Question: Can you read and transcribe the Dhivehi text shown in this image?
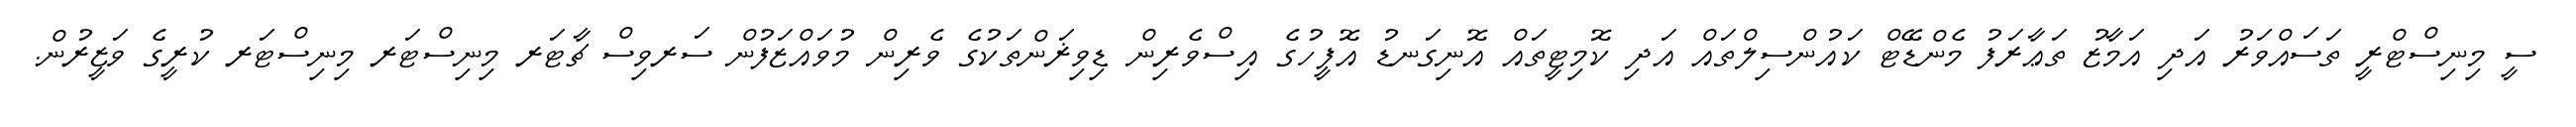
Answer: ސީ މިނިސްޓްރީ ތަސައްވަރު އަދި އަމާޒު ތަޢާރަފު މެންޑޭޓް ކައުންސިލްތައް އަދި ކޮމިޓީތައް އޮނިގަނޑު އޮފީހުގެ އިސްވެރިން ޑިވިޜަންތަކުގެ ވެރިން މުވައްޒަފުން ސަރވިސް ޗާޓަރ މިނިސްޓަރ މިނިސްޓަރ ކުރީގެ ވަޒީރުން.